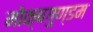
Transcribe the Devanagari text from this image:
मोक्षगुण्डम